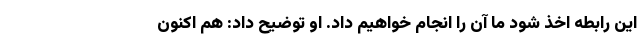
این رابطه اخذ شود ما آن را انجام خواهیم داد. او توضیح داد: هم اکنون